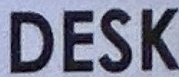
DESK